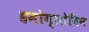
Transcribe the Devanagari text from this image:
हमोग्लोबिन